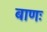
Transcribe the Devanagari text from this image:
बाणः